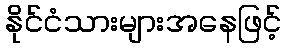
နိုင်ငံသားများအနေဖြင့်